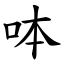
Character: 呠